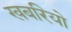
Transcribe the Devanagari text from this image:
खबरियो